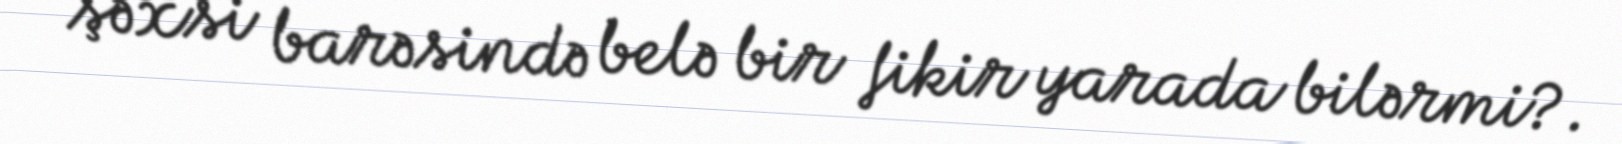
şəxsi barəsində belə bir fikir yarada bilərmi?.